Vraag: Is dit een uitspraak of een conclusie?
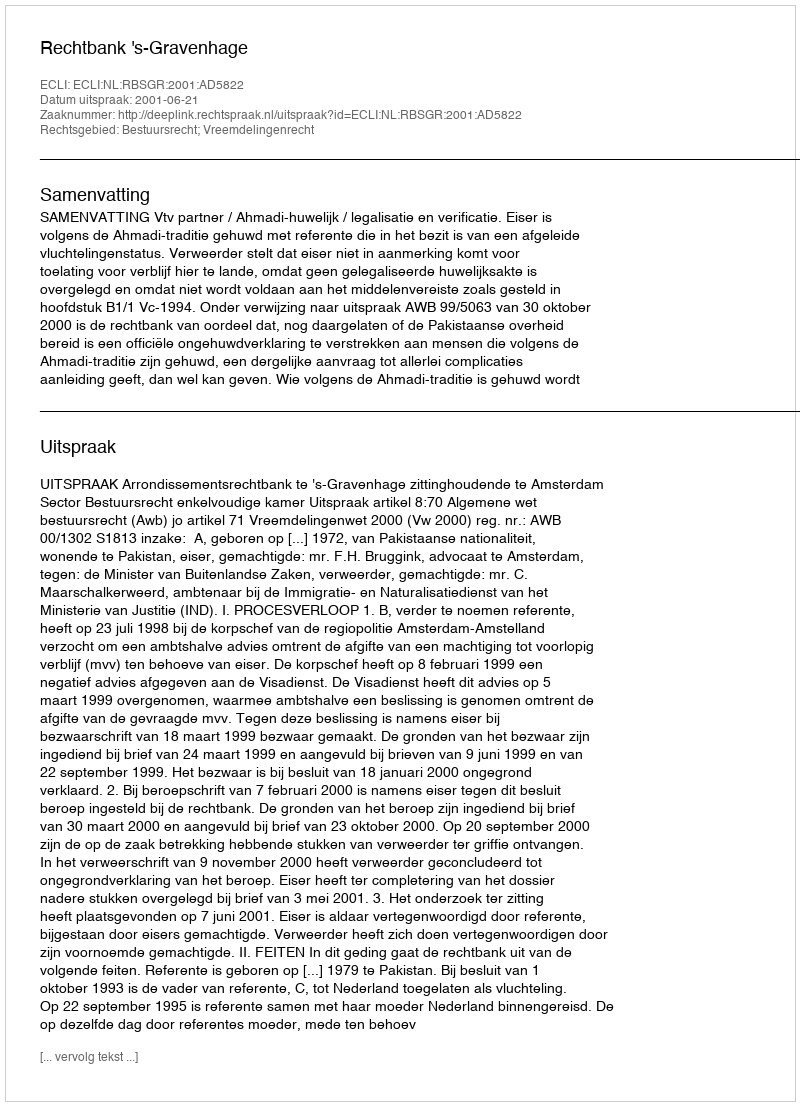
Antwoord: Uitspraak